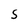
Character: S